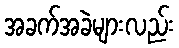
အခက်အခဲများလည်း